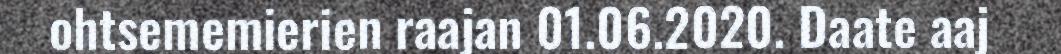
ohtsememierien raajan 01.06.2020. Daate aaj